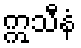
ဣသီနံ